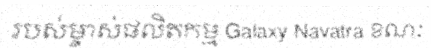
របស់ម្ចាស់ផលិតកម្ម Galaxy Navatra ខណៈ